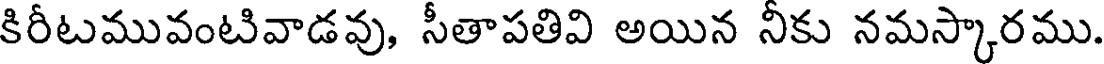
కిరీటమువంటివాడవు, సీతాపతివి అయిన నీకు నమస్కారము.